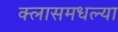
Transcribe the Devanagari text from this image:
क्लासमधल्या